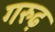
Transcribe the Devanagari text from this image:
गरुढ़